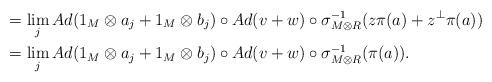
LaTeX: \begin{align*}&= \lim_j Ad(1_M\otimes a_j + 1_M \otimes b_j)\circ Ad(v+w)\circ\sigma_{M\otimes R}^{-1}(z \pi(a) + z^{\perp}\pi(a))\\& = \lim_j Ad(1_M\otimes a_j + 1_M \otimes b_j)\circ Ad(v+w)\circ\sigma_{M\otimes R}^{-1} (\pi(a)).\end{align*}